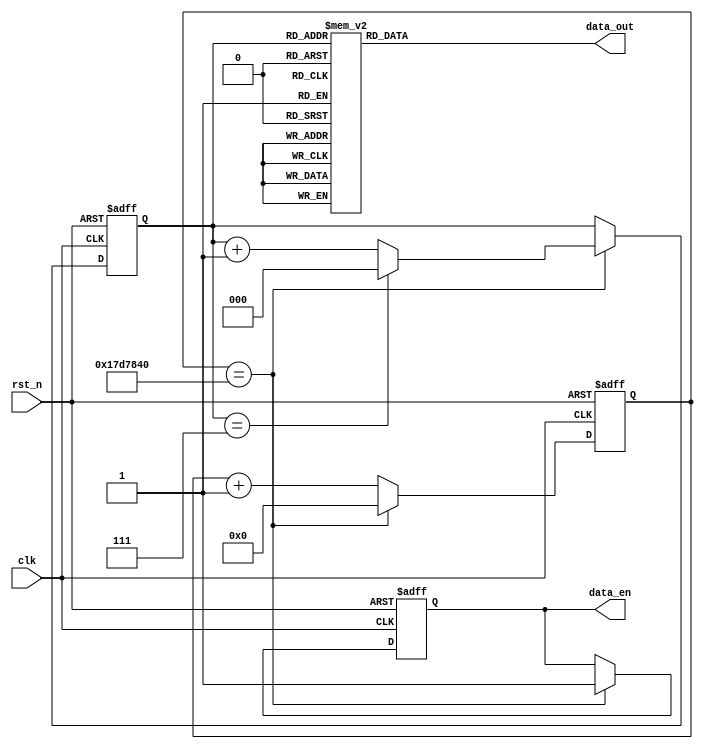
module image_generate(
	input							clk,
	input							rst_n,
	
	output	reg	[15:0]	data_out,
	output						data_en
);

localparam	BLACK 	= 16'h0000,		//
				BLUE 		= 16'h001f,		//
				RED 		= 16'hf800,		//
				PURPPLE 	= 16'hf81f,		//
				GREEN		= 16'h07e0,		//
				CYAN 		= 16'h07ff,		//
				YELLOW 	= 16'hffe0,		//
				WHITE 	= 16'hffff;		//

				
reg		[24:0]	cnt;
always @(posedge clk or negedge rst_n) begin
	if(!rst_n)
		cnt <= 25'd0;
	else if(cnt == 25'd25000000)
		cnt <= 25'd0;
	else
		cnt <= cnt + 1'b1;
end

reg					en;
always @(posedge clk or negedge rst_n) begin
	if(!rst_n)
		en <= 1'b0;
	else if(cnt == 25'd25000000)
		en <= 1'b1;
	else
		en <= en;
end

reg		[2:0]		data_cnt;
always @(posedge clk or negedge rst_n) begin
	if(!rst_n)
		data_cnt <= 3'd0;
	else if(cnt == 25'd25000000)
		if(data_cnt == 3'd7)
			data_cnt <= 3'd0;
		else
			data_cnt <= data_cnt + 1'b1;
	else
		data_cnt <= data_cnt;
end
	

always @(*) begin
	case(data_cnt)
		3'd0 	 : data_out = BLUE;
		3'd1 	 : data_out = BLACK;
		3'd2 	 : data_out = RED;
		3'd3 	 : data_out = PURPPLE;
		3'd4 	 : data_out = GREEN;
		3'd5 	 : data_out = CYAN;
		3'd6 	 : data_out = YELLOW;
		3'd7 	 : data_out = WHITE;
		default: data_out = BLUE;
	endcase
end

assign	data_en = en;
endmodule